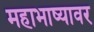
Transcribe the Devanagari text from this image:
महाभाष्यावर